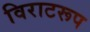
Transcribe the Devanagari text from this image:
विराटरूप